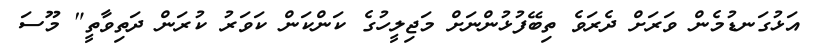
އަޅުގަނޑުމެން ވަރަށް ދެރަވެ ތިބޭފުޅުންނަށް މަޖިލީހުގެ ކަންކަން ކަވަރު ކުރަން ދަތިވާތީ" މޫސަ